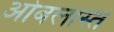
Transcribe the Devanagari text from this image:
ओबलास्त